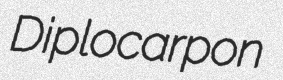
Diplocarpon